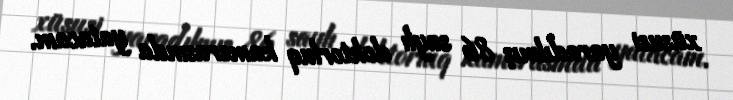
xüsusi yaradılmış 86 saylı doktorluq kamerasında yatacam.